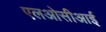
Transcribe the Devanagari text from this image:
एलओसीआई